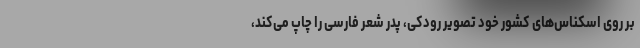
بر روی اسکناس‌های کشور خود تصویر رودکی، پدر شعر فارسی را چاپ می‌کند،